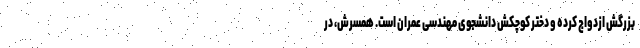
بزرگش ازدواج کرده و دختر کوچکش دانشجوی مهندسی عمران است. همسرش، در